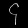
Digit: ၄